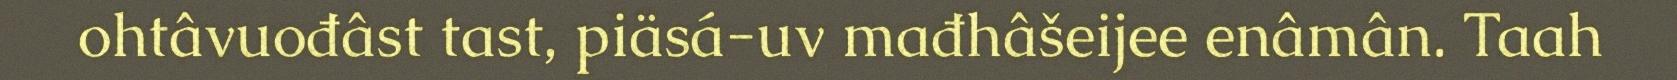
ohtâvuođâst tast, piäsá-uv mađhâšeijee enâmân. Taah